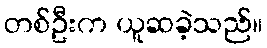
တစ်ဦးက ယူဆခဲ့သည်။